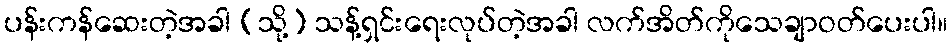
ပန်းကန်ဆေးတဲ့အခါ (သို့) သန့်ရှင်းရေးလုပ်တဲ့အခါ လက်အိတ်ကိုသေချာဝတ်ပေးပါ။